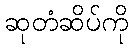
ဆုတံဆိပ်ကို